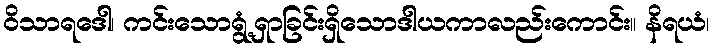
ဝိသာရဒေါ၊ ကင်းသောရွံ့ရှာခြင်းရှိသောဒါယကာလည်းကောင်း။ နိရယံ၊